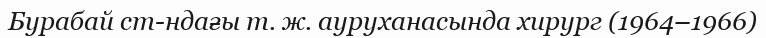
Бурабай ст-ндағы т. ж. ауруханасында хирург (1964–1966)